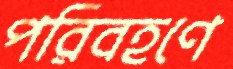
পরিবহণে